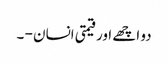
دو اچھے اور قیمتی انسان - ۔